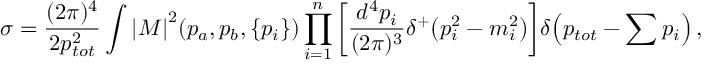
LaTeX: \sigma = \frac { ( 2 \pi ) ^ { 4 } } { 2 p _ { t o t } ^ { 2 } } \int { { | \cal { M } | } ^ { 2 } ( p _ { a } , p _ { b } , \{ p _ { i } \} ) \prod _ { i = 1 } ^ { n } { \left[ \frac { d ^ { 4 } p _ { i } } { ( 2 \pi ) ^ { 3 } } \delta ^ { + } \! \left( p _ { i } ^ { 2 } - m _ { i } ^ { 2 } \right) \right] } \delta \! \left( p _ { t o t } - \sum { p _ { i } } \right) , }